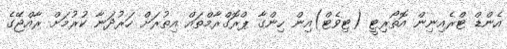
އެންޑް ޓްރެއިނިން އޮތޯރިޓީ (ޓިވެޓް)އިން ހިންގާ ޕްރޮގްރާމްތައް އިތުރަށް ހަރުދަނާ ކުރުމަށް ރާއްޖޭގެ